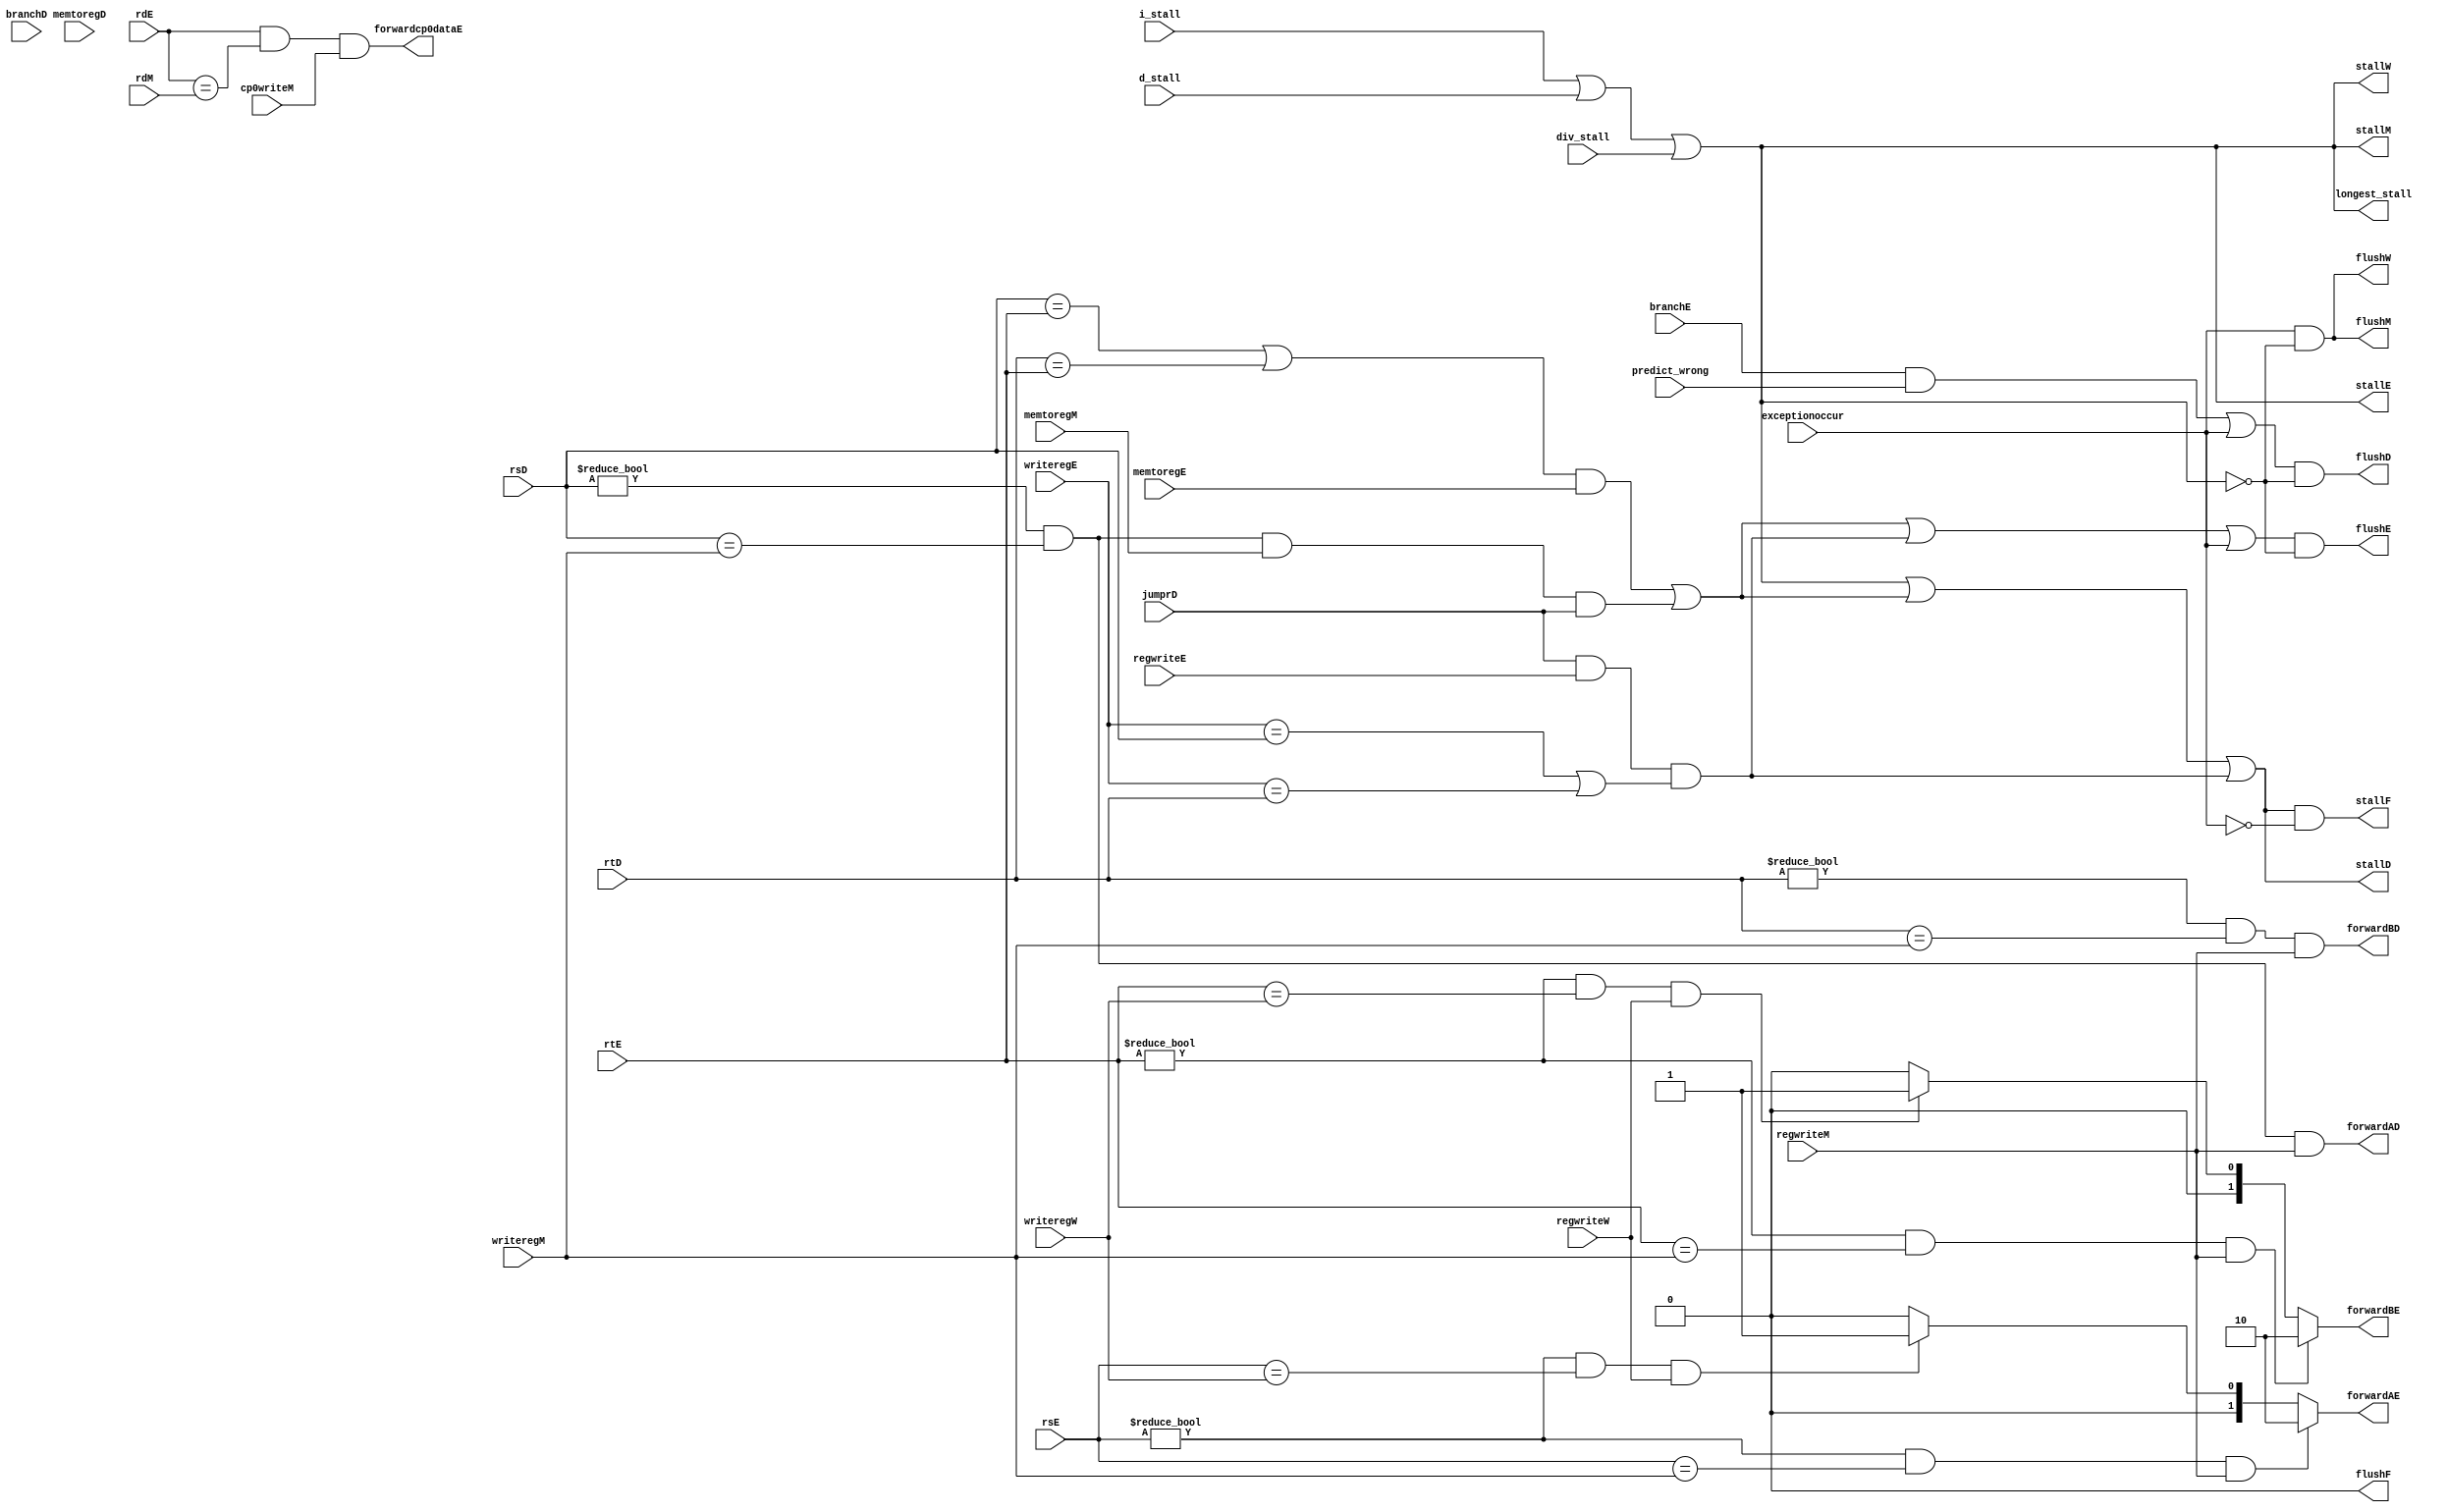
`timescale 1ns / 1ps
//////////////////////////////////////////////////////////////////////////////////
// Company: 
// Engineer: 
// 
// Design Name: 
// Module Name: hazard
// Project Name: 
// Target Devices: 
// Tool Versions: 
// Description: 
// 
// Dependencies: 
// 
// Revision:
// Revision 0.01 - File Created
// Additional Comments:
// 
//////////////////////////////////////////////////////////////////////////////////


module hazard(
    input wire[4:0] rsD, rtD, rsE, rtE, rdE, rdM, writeregE, writeregM, writeregW,
    input wire regwriteE, regwriteM, regwriteW, memtoregD, memtoregE,memtoregM, branchD, jumprD,cp0writeM,
    input wire exceptionoccur,div_stall,i_stall,d_stall,branchE,predict_wrong,
    output wire[1:0] forwardAE, forwardBE,
    output wire forwardAD, forwardBD, forwardcp0dataE,
    output wire stallF, stallD, stallE, stallM, stallW, // ! flushstall
    output wire flushF, flushD, flushE, flushM, flushW,  // hazard
    output wire longest_stall
    );
    // TODO: Loadjrbranch

    //   
    // 0 

    assign forwardAE = ((rsE != 5'b0) & (rsE == writeregM) & regwriteM) ? 2'b10:
                        ((rsE != 5'b0) & (rsE == writeregW) & regwriteW) ? 2'b01: 2'b00;
    assign forwardBE = ((rtE != 2'b0) & (rtE == writeregM) & regwriteM) ? 2'b10:
                        ((rtE != 5'b0) & (rtE == writeregW) & regwriteW) ? 2'b01: 2'b00;

    assign forwardAD = (rsD != 5'b0) & (rsD == writeregM) & regwriteM;
    assign forwardBD = (rtD != 5'b0) & (rtD == writeregM) & regwriteM;

    // mtc0 mfc0
	assign forwardcp0dataE = (rdE && (rdE == rdM) && cp0writeM);

    //  lw 
    wire lwstall, branchstall, jrstall;
    // TODO:  lw--jumprDstall   & ~memtoregD
    assign lwstall = (((rsD == rtE) | (rtD == rtE)) & memtoregE) | ((rsD != 5'b0) & (rsD == writeregM) & memtoregM & jumprD);
    assign branchstall = branchD & regwriteE & ((writeregE == rsD) | (writeregE == rtD)) |
                         branchD & memtoregM & ((writeregM == rsD) | (writeregM == rtD));
    
    // branch lwstalljumprD
    assign jrstall = jumprD & regwriteE & ((writeregE == rsD) | (writeregE == rtD)); //|
    //                     jumprD & memtoregM & ((writeregM == rsD) | (writeregM == rtD));
    
    assign longest_stall = i_stall | d_stall | div_stall;

    assign stallF = (longest_stall | lwstall | jrstall) & ~exceptionoccur;
    assign stallD = longest_stall | lwstall | jrstall;
    assign stallE = longest_stall;
    assign stallM = longest_stall;
    assign stallW = longest_stall;

    assign flushF = 1'b0;
    assign flushD = ((branchE & predict_wrong) | exceptionoccur) & (~longest_stall);
    assign flushE = (lwstall | jrstall         | exceptionoccur) & (~longest_stall); // TODO:exceptionoccur
    assign flushM = (exceptionoccur                            ) & (~longest_stall);
    assign flushW = (exceptionoccur                            ) & (~longest_stall);

endmodule